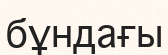
бұндағы